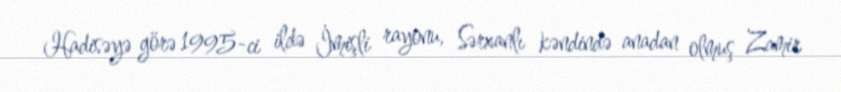
Hadisəyə görə 1995-ci ildə İmişli rayonu, Sərxanlı kəndində anadan olmuş Zamir